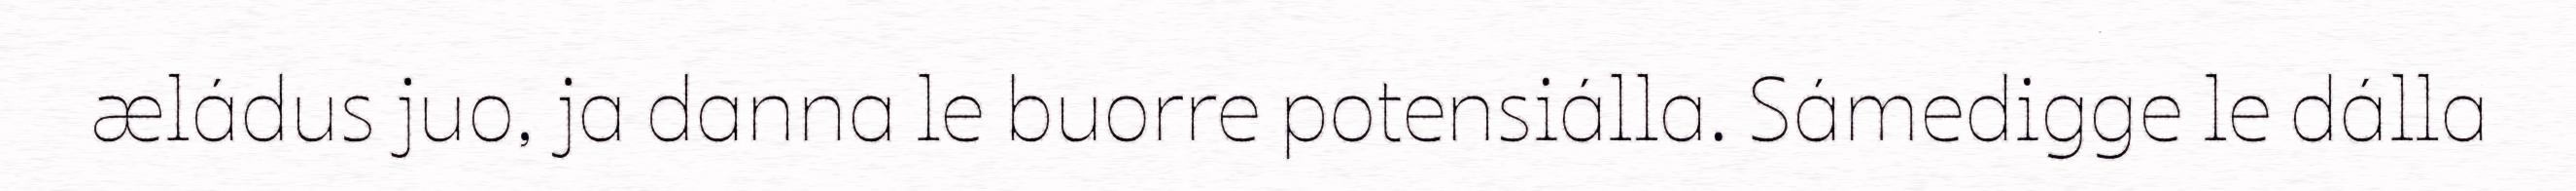
æládus juo, ja danna le buorre potensiálla. Sámedigge le dálla